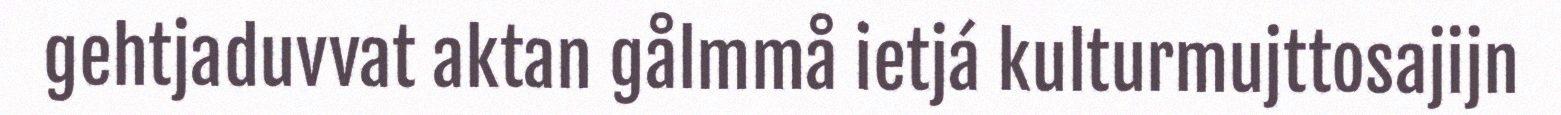
gehtjaduvvat aktan gålmmå ietjá kulturmujttosajijn